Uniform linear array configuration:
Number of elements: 48
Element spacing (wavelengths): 0.5
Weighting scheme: hamming
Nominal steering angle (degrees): -30
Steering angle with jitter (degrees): -28.006
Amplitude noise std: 0.05
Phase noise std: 0.05

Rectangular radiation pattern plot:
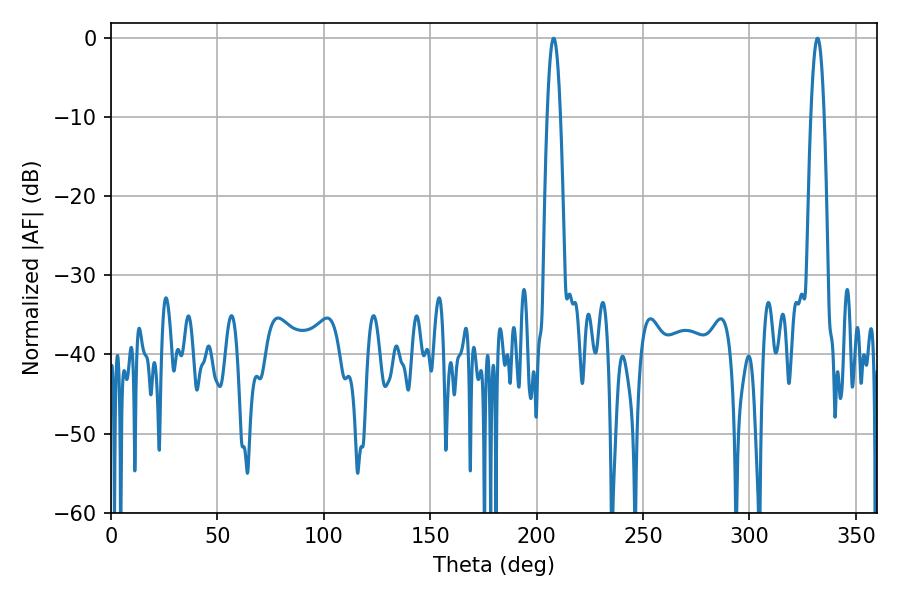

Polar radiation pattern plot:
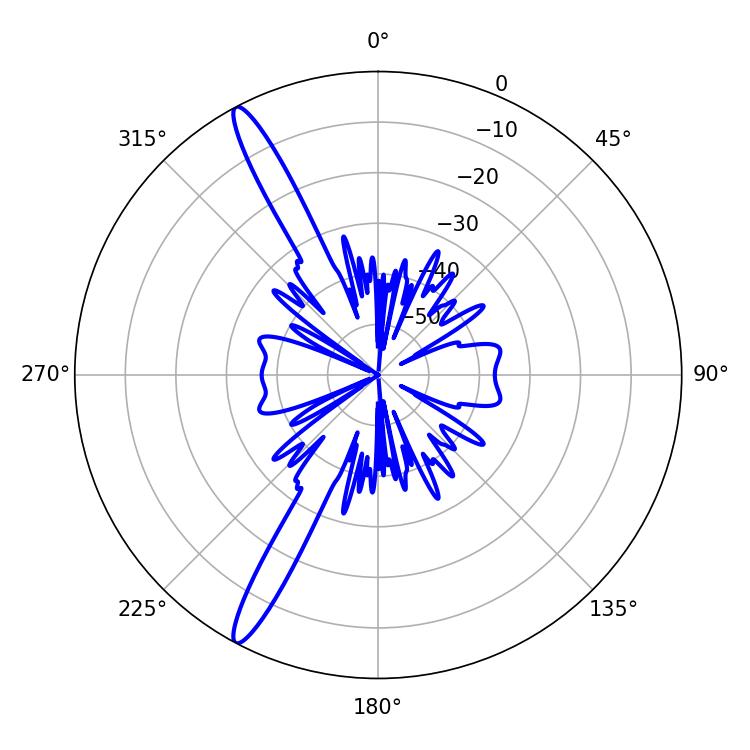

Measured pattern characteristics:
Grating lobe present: FALSE
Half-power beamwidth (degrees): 3.42
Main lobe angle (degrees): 208.08